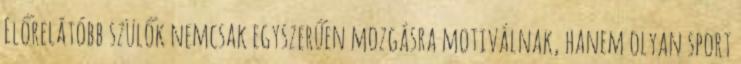
Előrelátóbb szülők nemcsak egyszerűen mozgásra motiválnak, hanem olyan sport